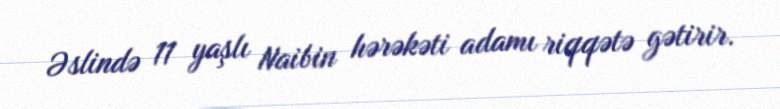
Əslində 11 yaşlı Naibin hərəkəti adamı riqqətə gətirir.